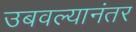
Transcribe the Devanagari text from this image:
उबवल्यानंतर